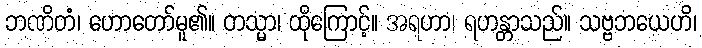
ဘဏိတံ၊ ဟောတော်မူ၏။ တသ္မာ၊ ထိုကြောင့်။ အရဟာ၊ ရဟန္တာသည်။ သဗ္ဗဘယေဟိ၊